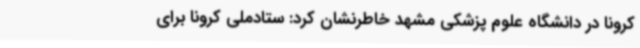
کرونا در دانشگاه علوم پزشکی مشهد خاطرنشان کرد: ستادملی کرونا برای